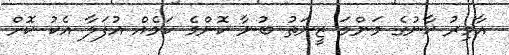
އާމިރު ޚާނުގެ މަންމަ ޒީނަތު ބުނާ ކޮންމެ ކަމެއް އުފަލާ އެކު ކޮށް